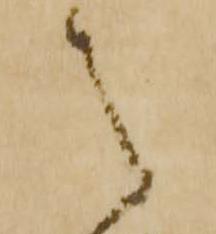
之